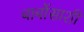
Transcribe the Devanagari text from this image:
बार्बोसाशी